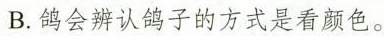
B.鸽会辨认鸽子的方式是看颜色。